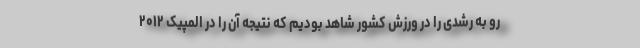
رو به رشدی را در ورزش کشور شاهد بودیم که نتیجه آن را در المپیک ۲۰۱۲